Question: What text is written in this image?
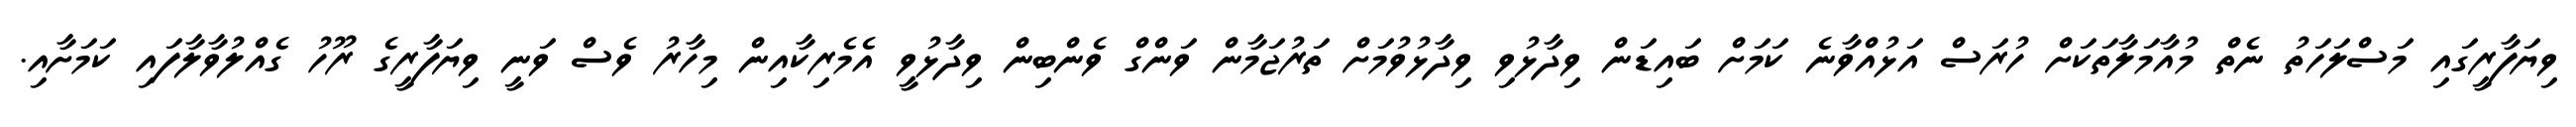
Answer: ވިޔަފާރީގައި މަސްލަހަތު ނެތް މުއާމަލާތަކަށް ހުރަސް އަޅުއްވާނެ ކަމަށް ބައިޑަން ވިދާޅުވި ވިދާޅުވުމަށް ތަރުޖަމާން ވަންގް ވެންބިން ވިދާޅުވީ އެމެރިކާއިން މިހާރު ވެސް ވަނީ ވިޔަފާރީގެ ރޫހު ގެއްލުވާލާފައި ކަމަށާއި.